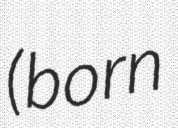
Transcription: (born